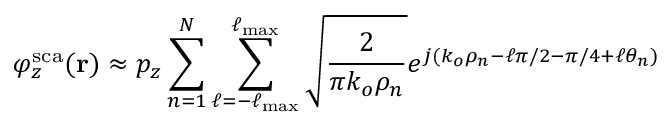
\varphi _ { z } ^ { \mathrm { s c a } } ( \mathbf { r } ) \approx p _ { z } \sum _ { n = 1 } ^ { N } \sum _ { \ell = - \ell _ { \mathrm { m a x } } } ^ { \ell _ { \mathrm { m a x } } } \sqrt { \frac { 2 } { \pi k _ { o } \rho _ { n } } } e ^ { j ( k _ { o } \rho _ { n } - \ell \pi / 2 - \pi / 4 + \ell \theta _ { n } ) }